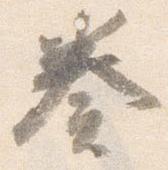
奏